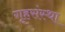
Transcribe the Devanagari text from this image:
गृहसंस्था